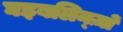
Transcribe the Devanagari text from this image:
घइबलिन्ज़ों